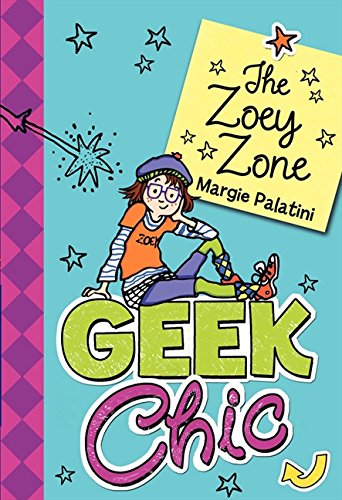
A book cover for Geek Chic: The Zoey Zone (Geek Chic (Quality)); Margie Palatini; Humor & Entertainment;